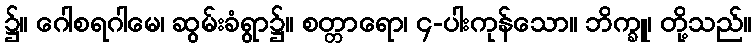
၌။ ဂေါစရဂါမေ၊ ဆွမ်းခံရွာ၌။ စတ္တာရော၊ ၄-ပါးကုန်သော။ ဘိက္ခူ၊ တို့သည်။